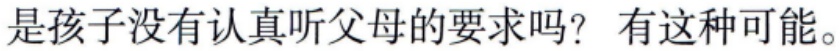
是孩子没有认真听父母的要求吗？有这种可能。